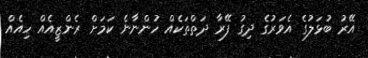
އޭރު ބުޅަލުގެ އެވަރުގެ ދިގު ފޭރާ ދަތްތަކެއް ހުންނާނެ ކަމަށް ރެންޒީއެއް ހިއެއް